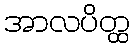
အာလပိတ္ထ